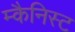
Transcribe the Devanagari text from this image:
म्कैनिस्ट